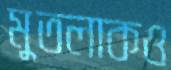
মুতলাকও